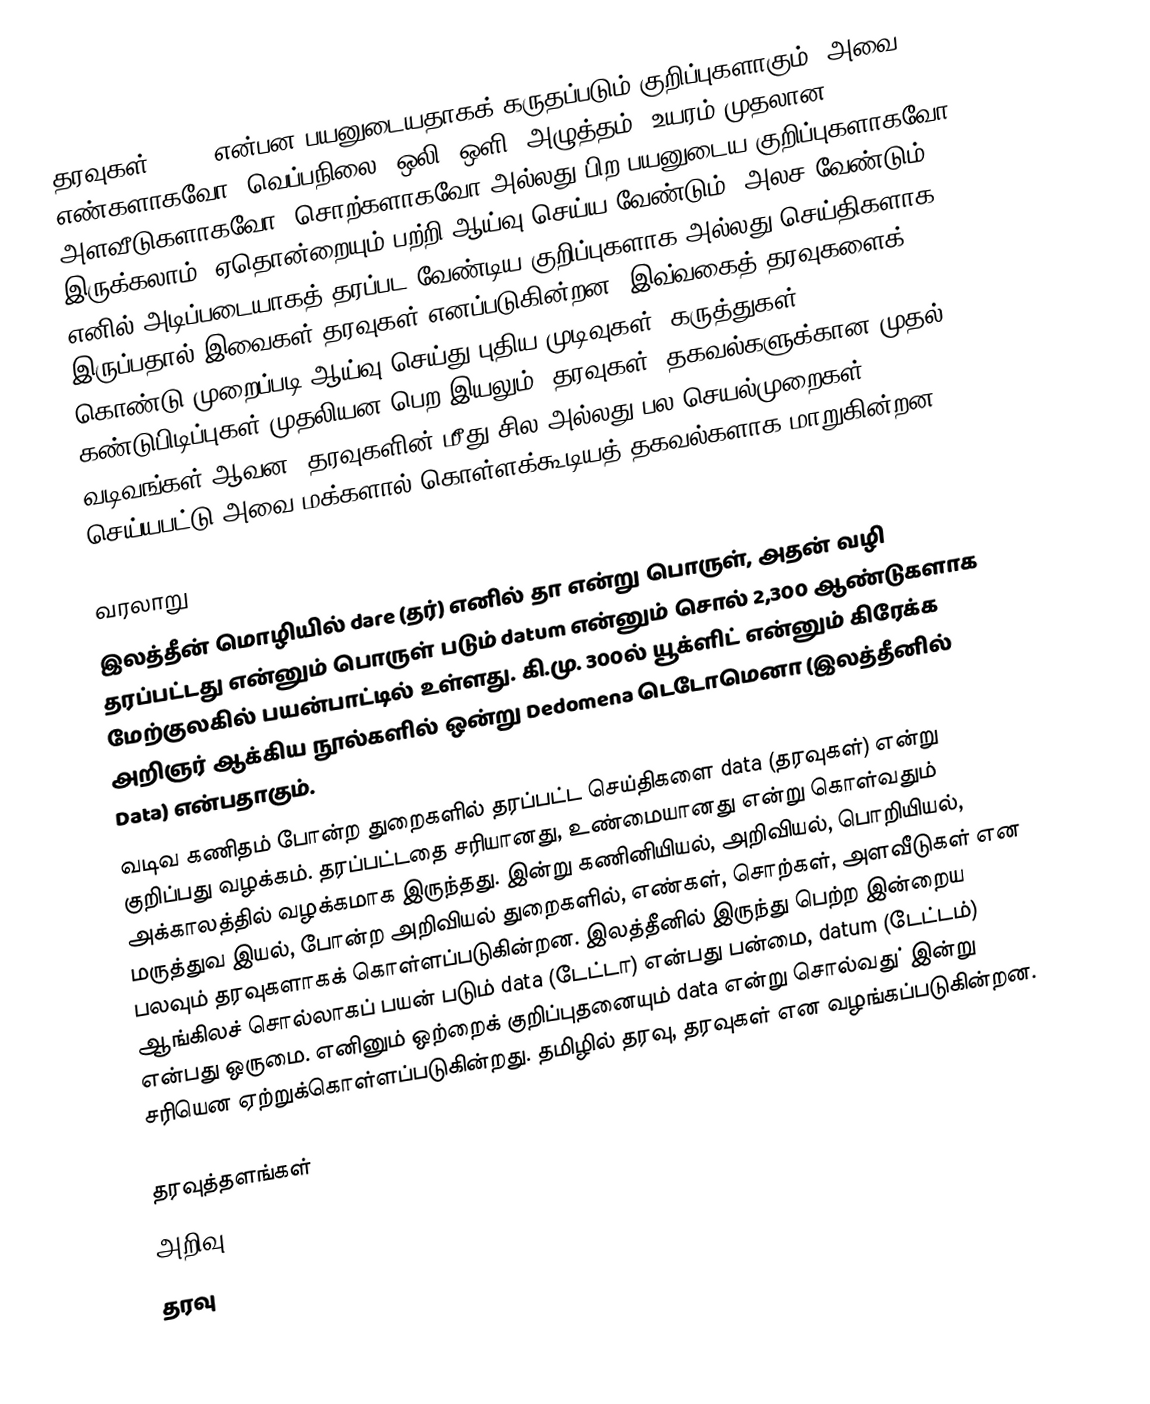
தரவுகள் (Data)என்பன பயனுடையதாகக் கருதப்படும் குறிப்புகளாகும். அவை எண்களாகவோ, வெப்பநிலை, ஒலி, ஒளி, அழுத்தம், உயரம் முதலான அளவீடுகளாகவோ, சொற்களாகவோ அல்லது பிற பயனுடைய குறிப்புகளாகவோ இருக்கலாம். ஏதொன்றையும் பற்றி ஆய்வு செய்ய வேண்டும், அலச வேண்டும் எனில் அடிப்படையாகத் தரப்பட வேண்டிய குறிப்புகளாக அல்லது செய்திகளாக இருப்பதால் இவைகள் தரவுகள் எனப்படுகின்றன. இவ்வகைத் தரவுகளைக் கொண்டு முறைப்படி ஆய்வு செய்து புதிய முடிவுகள், கருத்துகள், கண்டுபிடிப்புகள் முதலியன பெற இயலும். தரவுகள், தகவல்களுக்கான முதல் வடிவங்கள் ஆவன; தரவுகளின் மீது சில அல்லது பல செயல்முறைகள் செய்யபட்டு அவை மக்களால் கொள்ளக்கூடியத் தகவல்களாக மாறுகின்றன.

வரலாறு
இலத்தீன் மொழியில் dare (தர்) எனில் தா என்று பொருள், அதன் வழி தரப்பட்டது என்னும் பொருள் படும் datum என்னும் சொல் 2,300 ஆண்டுகளாக மேற்குலகில் பயன்பாட்டில் உள்ளது. கி.மு. 300ல் யூக்ளிட் என்னும் கிரேக்க அறிஞர் ஆக்கிய நூல்களில் ஒன்று Dedomena டெடோமெனா (இலத்தீனில் Data) என்பதாகும்.
வடிவ கணிதம் போன்ற துறைகளில் தரப்பட்ட செய்திகளை data (தரவுகள்) என்று குறிப்பது வழக்கம். தரப்பட்டதை சரியானது, உண்மையானது என்று கொள்வதும் அக்காலத்தில் வழக்கமாக இருந்தது. இன்று கணினியியல், அறிவியல், பொறியியல், மருத்துவ இயல்,  போன்ற அறிவியல் துறைகளில், எண்கள், சொற்கள், அளவீடுகள் என பலவும் தரவுகளாகக் கொள்ளப்படுகின்றன. இலத்தீனில் இருந்து பெற்ற இன்றைய ஆங்கிலச் சொல்லாகப் பயன் படும் data (டேட்டா) என்பது பன்மை, datum (டேட்டம்) என்பது ஒருமை. எனினும் ஒற்றைக் குறிப்புதனையும் data என்று சொல்வது் இன்று சரியென ஏற்றுக்கொள்ளப்படுகின்றது. தமிழில் தரவு, தரவுகள் என வழங்கப்படுகின்றன.

தரவுத்தளங்கள்
அறிவு
தரவு